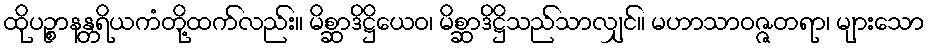
ထိုပဉ္စာနန္တရိယကံတို့ထက်လည်း။ မိစ္ဆာဒိဋ္ဌိယေဝ၊ မိစ္ဆာဒိဋ္ဌိသည်သာလျှင်။ မဟာသာဝဇ္ဇတရာ၊ များသော